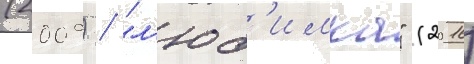
(2009) / "л'юб'имка" (2016)